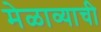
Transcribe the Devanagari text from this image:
मेळाव्याची